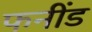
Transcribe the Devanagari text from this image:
फनींड